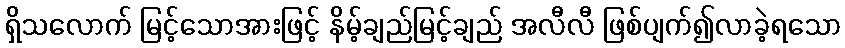
ရှိသလောက် မြင့်သောအားဖြင့် နိမ့်ချည်မြင့်ချည် အလီလီ ဖြစ်ပျက်၍လာခဲ့ရသော